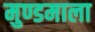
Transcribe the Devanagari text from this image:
मुण्डमाला